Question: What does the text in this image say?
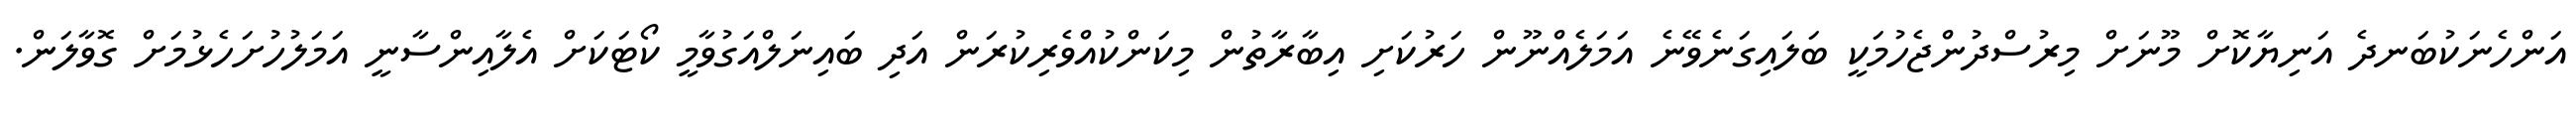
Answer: އަންހެނަކުބަނދެ އަނިޔާކޮށް މޫނަށް މިރުސްދުންޖެހުމަކީ ބަލައިގަނެވޭނެ އަމަލެއްނޫން ހަރުކަށި އިބާރާތުން މިކަންކުއްވެރިކުރަން އަދި ބައިނަލްއަގުވާމީ ކޯޓަކަށް އެލާއިންސާނީ އަމަލުހުށަހެޅުމަށް ގޮވާލަން.